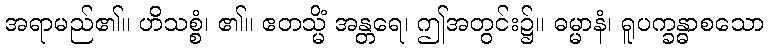
အရာမည်၏။ ဟိသစ္စံ၊ ၏။ ဧတသ္မိံ အန္တရေ၊ ဤအတွင်း၌။ ဓမ္မာနံ၊ ရူပက္ခန္ဓာစသော